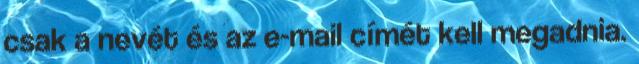
csak a nevét és az e-mail címét kell megadnia.